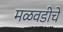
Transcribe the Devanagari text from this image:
मळवडीचे